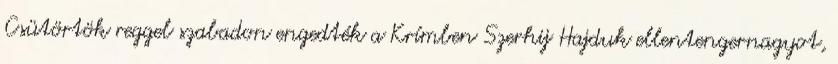
Csütörtök reggel szabadon engedték a Krímben Szerhij Hajduk ellentengernagyot,